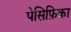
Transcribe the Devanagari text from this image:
पेसिफ़िका